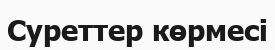
Суреттер көрмесі